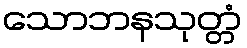
သောဘနသုတ္တံ